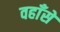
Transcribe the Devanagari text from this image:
वहाँसे